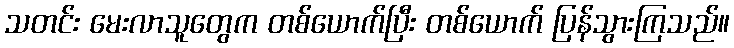
သတင်း မေးလာသူတွေက တစ်ယောက်ပြီး တစ်ယောက် ပြန်သွားကြသည်။